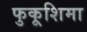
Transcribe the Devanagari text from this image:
फुकूशिमा